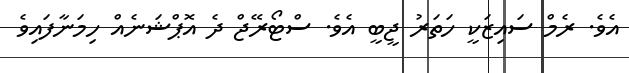
އެވެ. ރެމް ސަައިޒަކީ ހަތަރު ޖީބީ އެވެ. ސްޓޯރޭޖް ދެ އޮޕްޝަނެއް ހިމަނާފައިވެ